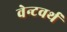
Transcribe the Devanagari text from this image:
वेन्टवर्थ